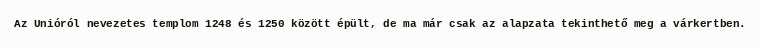
Az Unióról nevezetes templom 1248 és 1250 között épült, de ma már csak az alapzata tekinthető meg a várkertben.